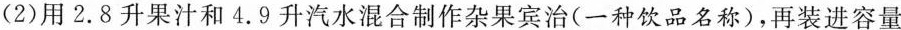
(2)用2.8升果汁和4.9升汽水混合制作杂果宾治(一种饮品名称)，再装进容量